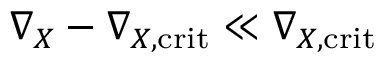
\nabla _ { X } - \nabla _ { X , \mathrm { c r i t } } \ll \nabla _ { X , \mathrm { c r i t } }